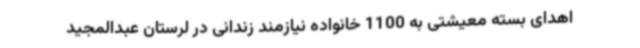
اهدای بسته معیشتی به 1100 خانواده نیازمند زندانی در لرستان عبدالمجید